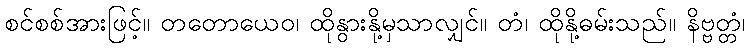
စင်စစ်အားဖြင့်။ တတောယေဝ၊ ထိုနွားနို့မှသာလျှင်။ တံ၊ ထိုနို့ဓမ်းသည်။ နိဗ္ဗတ္တံ၊